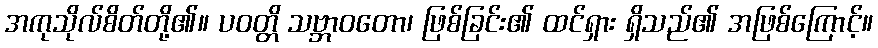
အကုသိုလ်စိတ်တို့၏။ ပဝတ္တိ သဗ္ဘာဝတော၊ ဖြစ်ခြင်း၏ ထင်ရှား ရှိသည်၏ အဖြစ်ကြောင့်။